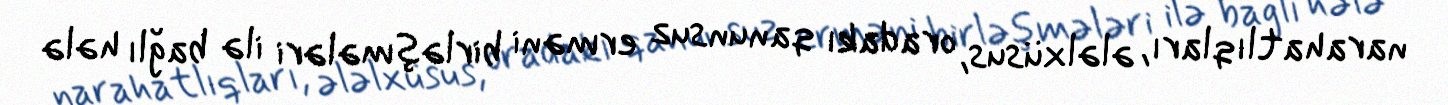
narahatlıqları, ələlxüsus, oradakı qanunsuz erməni birləşmələri ilə bağlı hələ